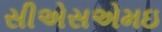
સીએસએમઇ